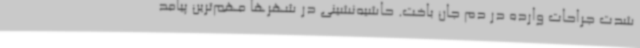
شدت جراحات وارده در دم جان باخت. حاشیه‌نشینی در شهرها مهم‌ترین پیامد